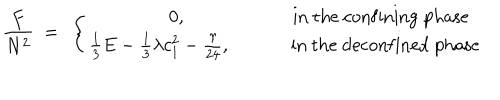
\frac { F } { N ^ { 2 } } ~ = ~ \left\{ \begin{matrix} { { 0 , } } & { { \mathrm { i n ~ t h e ~ c o n f i n i n g ~ p h a s e } } } \\ { { \frac { 1 } { 3 } E - \frac { 1 } { 3 } \lambda c _ { 1 } ^ { 2 } - \frac { \gamma } { 2 4 } , ~ } } & { { \mathrm { ~ ~ i n ~ t h e ~ d e c o n f i n e d ~ p h a s e } } } \\ \end{matrix} \right.